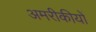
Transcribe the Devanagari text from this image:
अमरीकीयों